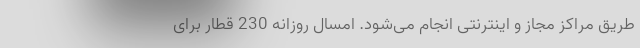
طریق مراکز مجاز و اینترنتی انجام می‌شود. امسال روزانه 230 قطار برای